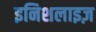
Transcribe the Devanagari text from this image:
इनिशलाइज़